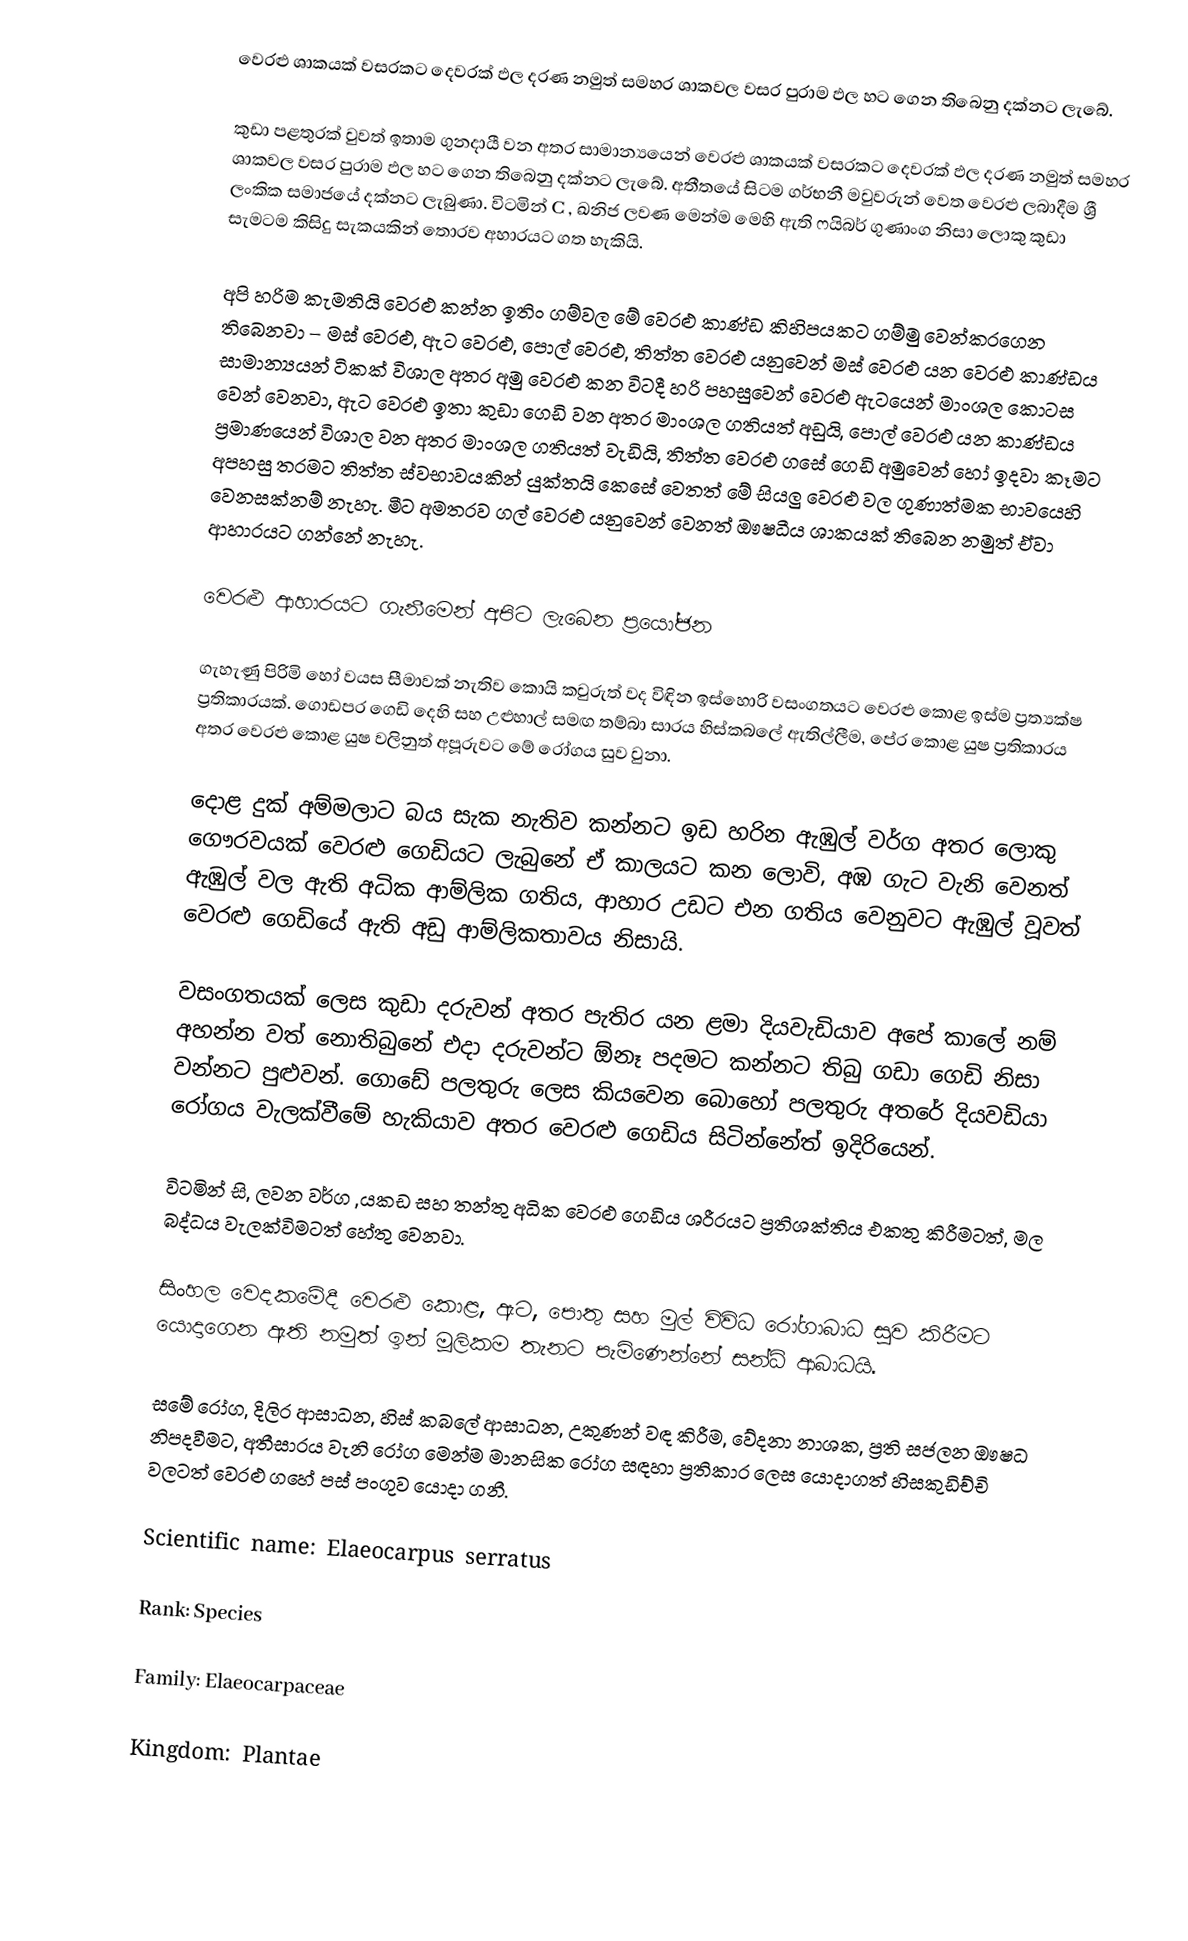
වෙරළු ශාකයක් වසරකට දෙවරක් ඵල දරණ නමුත් සමහර ශාකවල වසර පුරාම ඵල හට ගෙන තිබෙනු දක්නට ලැබේ.

කුඩා පළතුරක් වුවත් ඉතාම ගුනදායී වන අතර සාමාන්‍යයෙන් වෙරළු ශාකයක් වසරකට දෙවරක් ඵල දරණ නමුත් සමහර ශාකවල වසර පුරාම ඵල හට ගෙන තිබෙනු දක්නට ලැබේ. අතීතයේ සිටම ගර්භනී මවුවරුන් වෙත වෙරළු ලබාදීම ශ්‍රී ලංකික සමාජයේ දක්නට ලැබුණා. විටමින් C  , ඛනිජ ලවණ  මෙන්ම මෙහි ඇති ෆයිබර් ගුණාංග නිසා ලොකු කුඩා සැමටම කිසිදු සැකයකින් තොරව අහාරයට ගත හැකියි.

අපි හරිම කැමතියි වෙරළු කන්න ඉතිං ගම්වල මේ වෙරළු කාණ්ඩ කිහිපයකට ගම්මු වෙන්කරගෙන තිබෙනවා – මස් වෙරළු, ඇට වෙරළු, පොල් වෙරළු, තිත්ත වෙරළු යනුවෙන්  මස් වෙරළු යන වෙරළු කාණ්ඩය සාමාන්‍යයන්  ටිකක් විශාල අතර අමු වෙරළු කන විටදී හරි පහසුවෙන් වෙරළු ඇටයෙන් මාංශල කොටස වෙන් වෙනවා, ඇට වෙරළු ඉතා කුඩා ගෙඩි වන අතර මාංශල ගතියත් අඩුයි, පොල් වෙරළු යන කාණ්ඩය ප්‍රමාණයෙන් විශාල වන අතර මාංශල ගතියත් වැඩියි, තිත්ත වෙරළු ගසේ ගෙඩි අමුවෙන් හෝ ඉදවා කෑමට අපහසු තරමට තිත්ත ස්වභාවයකින් යුක්තයි කෙසේ වෙතත් මේ සියලු වෙරළු වල ගුණාත්මක භාවයෙහි වෙනසක්නම් නැහැ. මීට අමතරව ගල් වෙරළු යනුවෙන් වෙනත් ඖෂධීය ශාකයක් තිබෙන නමුත් ඒවා ආහාරයට ගන්නේ නැහැ.

වෙරළු ආහාරයට ගැනීමෙන් අපිට ලැබෙන ප්‍රයෝජන

 ගැහැණු පිරිමි හෝ වයස සීමාවක් නැතිව කොයි කවුරුත් වද විඳින ඉස්හොරි වසංගතයට වෙරළු කොළ ඉස්ම ප්‍රත්‍යක්ෂ ප්‍රතිකාරයක්. ගොඩපර ගෙඩි දෙහි සහ උළුහාල් සමඟ තම්බා සාරය හිස්කබලේ ඇතිල්ලීම, පේර කොළ යුෂ ප්‍රතිකාරය  අතර වෙරළු කොළ යුෂ වලිනුත් අපූරුවට මේ රෝගය සුව වුනා.

 දොළ දුක් අම්මලාට බය සැක නැතිව කන්නට ඉඩ හරින ඇඹුල්  වර්ග අතර ලොකු ගෞරවයක් වෙරළු ගෙඩියට ලැබුනේ ඒ කාලයට කන ලොවි, අඹ ගැට වැනි වෙනත් ඇඹුල් වල ඇති අධික ආම්ලික ගතිය, ආහාර උඩට එන ගතිය  වෙනුවට ඇඹුල් වූවත් වෙරළු ගෙඩියේ ඇති අඩු ආම්ලිකතාවය නිසායි.  

 වසංගතයක් ලෙස කුඩා දරුවන් අතර පැතිර යන ළමා දියවැඩියාව අපේ කාලේ නම් අහන්න වත් නොතිබුනේ එදා දරුවන්ට ඕනෑ පදමට කන්නට තිබු ගඩා ගෙඩි නිසා වන්නට පුළුවන්. ගොඩේ  පලතුරු ලෙස කියවෙන බොහෝ පලතුරු අතරේ දියවඩියා රෝගය වැලක්වීමේ හැකියාව අතර  වෙරළු ගෙඩිය සිටින්නේත් ඉදිරියෙන්.

 විටමින් සි, ලවන වර්ග ,යකඩ සහ තන්තු අධික වෙරළු ගෙඩිය ශරීරයට ප්‍රතිශක්තිය එකතු කිරීමටත්, මල බද්ධය වැලක්විමටත් හේතු වෙනවා.

 සිංහල වෙදකමේදී වෙරළු කොළ, ඇට, පොතු සහ මුල් විවිධ රෝගාබාධ සුව කිරීමට යොදාගෙන ඇති නමුත් ඉන් මූලිකම තැනට පැමිණෙන්නේ සන්ධි ආබාධයි.

 සමේ රෝග, දිලිර ආසාධන, හිස් කබලේ ආසාධන, උකුණන් වඳ කිරීම, වේදනා නාශක, ප්‍රති සජලන ඖෂධ නිපදවීමට, අතීසාරය වැනි රෝග මෙන්ම මානසික රෝග සඳහා ප්‍රතිකාර ලෙස යොදාගත් හිසකුඩිච්චි වලටත් වෙරළු ගහේ පස් පංගුව යොදා ගනී.

Scientific name: Elaeocarpus serratus

Rank: Species

Family: Elaeocarpaceae

Kingdom: Plantae